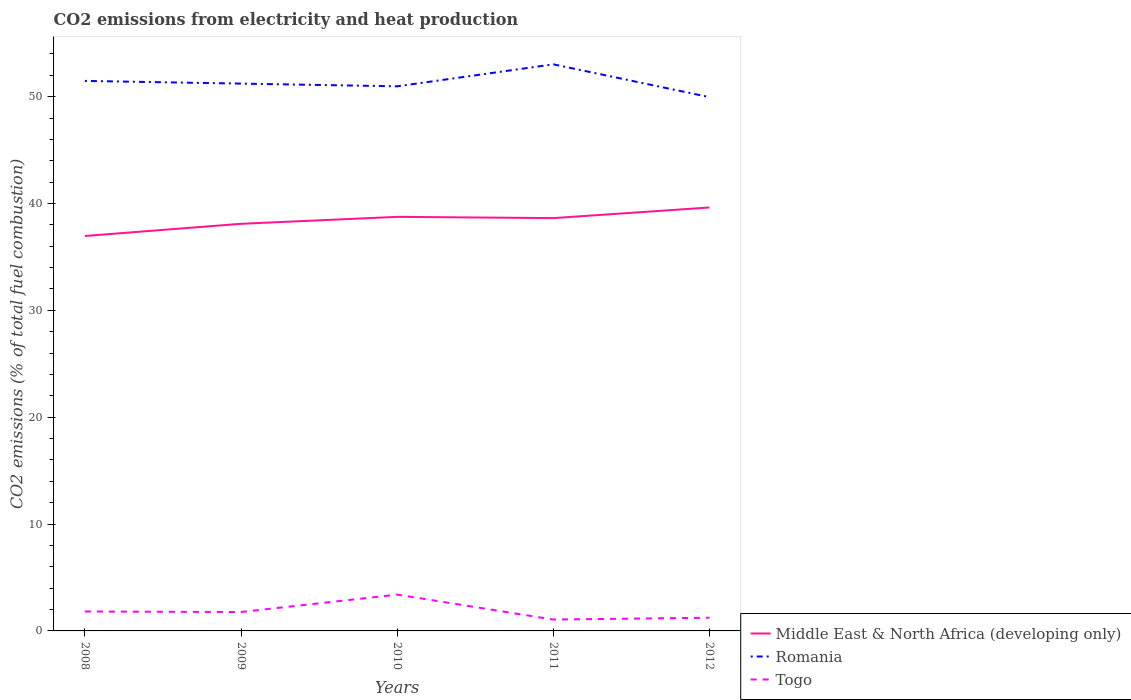
| Years | Middle East & North Africa (developing only) | Romania | Togo |
 | --- | --- | --- | --- |
 | 2008 | 37 | 51.5 | 1.82 |
 | 2009 | 38.1 | 51.2 | 1.77 |
 | 2010 | 38.8 | 51 | 3.4 |
 | 2011 | 38.6 | 53 | 1.06 |
 | 2012 | 39.6 | 50 | 1.23 |